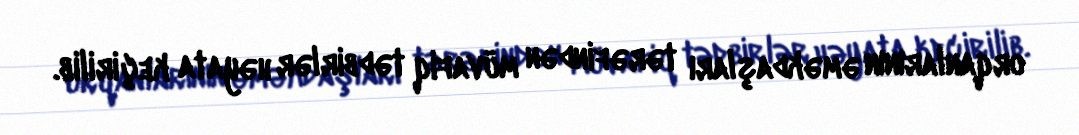
orqanlarının əməkdaşları tərəfindən müvafiq tədbirlər həyata keçirilib.